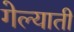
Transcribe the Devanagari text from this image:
गेल्याती